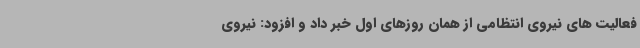
فعالیت های نیروی انتظامی از همان روزهای اول خبر داد و افزود: نیروی